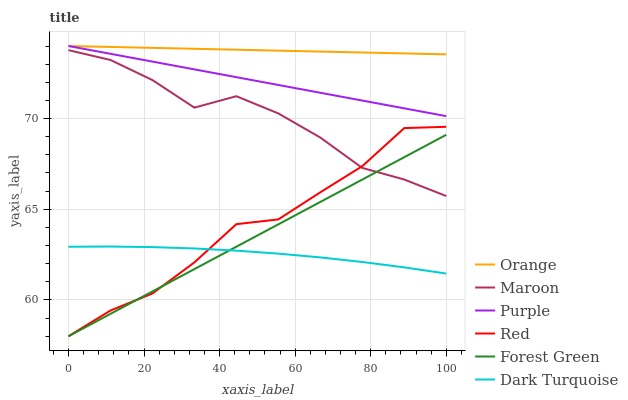
| xaxis_label | Orange | Maroon | Purple | Red | Forest Green | Dark Turquoise |
 | --- | --- | --- | --- | --- | --- | --- |
 | 0 | 74 | 73.8 | 74 | 58 | 58 | 62.9 |
 | 11.1 | 73.9 | 73.2 | 73.6 | 59.4 | 59.2 | 62.9 |
 | 22.2 | 73.9 | 72.1 | 73.1 | 60.4 | 60.5 | 62.9 |
 | 33.3 | 73.8 | 70.6 | 72.7 | 62.1 | 61.7 | 62.8 |
 | 44.4 | 73.8 | 71.2 | 72.3 | 64.2 | 62.9 | 62.7 |
 | 55.6 | 73.7 | 70.3 | 71.9 | 64.4 | 64.2 | 62.6 |
 | 66.7 | 73.7 | 69 | 71.4 | 65.9 | 65.4 | 62.3 |
 | 77.8 | 73.6 | 67.3 | 71 | 67.4 | 66.6 | 62.1 |
 | 88.9 | 73.6 | 66.6 | 70.6 | 69.5 | 67.9 | 61.8 |
 | 100 | 73.5 | 65.7 | 70.1 | 69.5 | 69.1 | 61.5 |